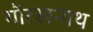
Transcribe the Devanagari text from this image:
गौरखनाथ